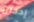
إدخال